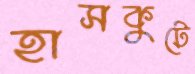
হাসকুটে